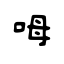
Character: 呣